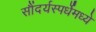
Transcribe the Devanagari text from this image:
सौंदर्यस्पर्धेमध्ये